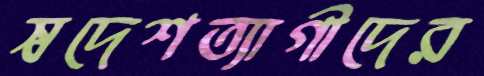
স্বদেশত্যাগীদের